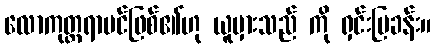
လောကုတ္တရာပင်ဖြစ်၏ဟု ယူမှားသည် ကို ရှင်းပြခန်း။